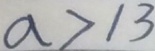
a > 1 3